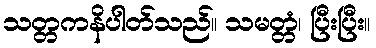
သတ္တကနိပါတ်သည်။ သမတ္တံ၊ ပြီးပြီး။